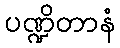
ပဏ္ဍိတာနံ